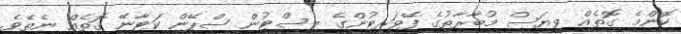
ކޮންމެ ގޮތެއް ވިޔަސް މުބާރާތުގެ ފޭވަރިޓުންގެ ލިސްޓުން ސްޕޭން ކަޓާނޭ ގޮތެއް ނެތެވެ.